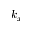
k _ { x }